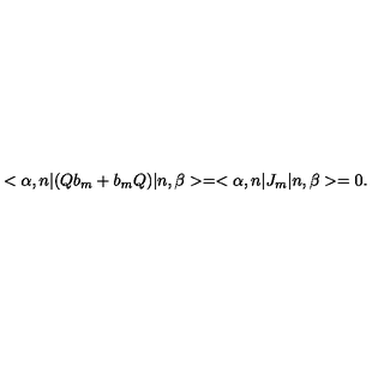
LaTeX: < \alpha , n | ( Q b _ { m } + b _ { m } Q ) | n , \beta > = < \alpha , n | J _ { m } | n , \beta > = 0 .